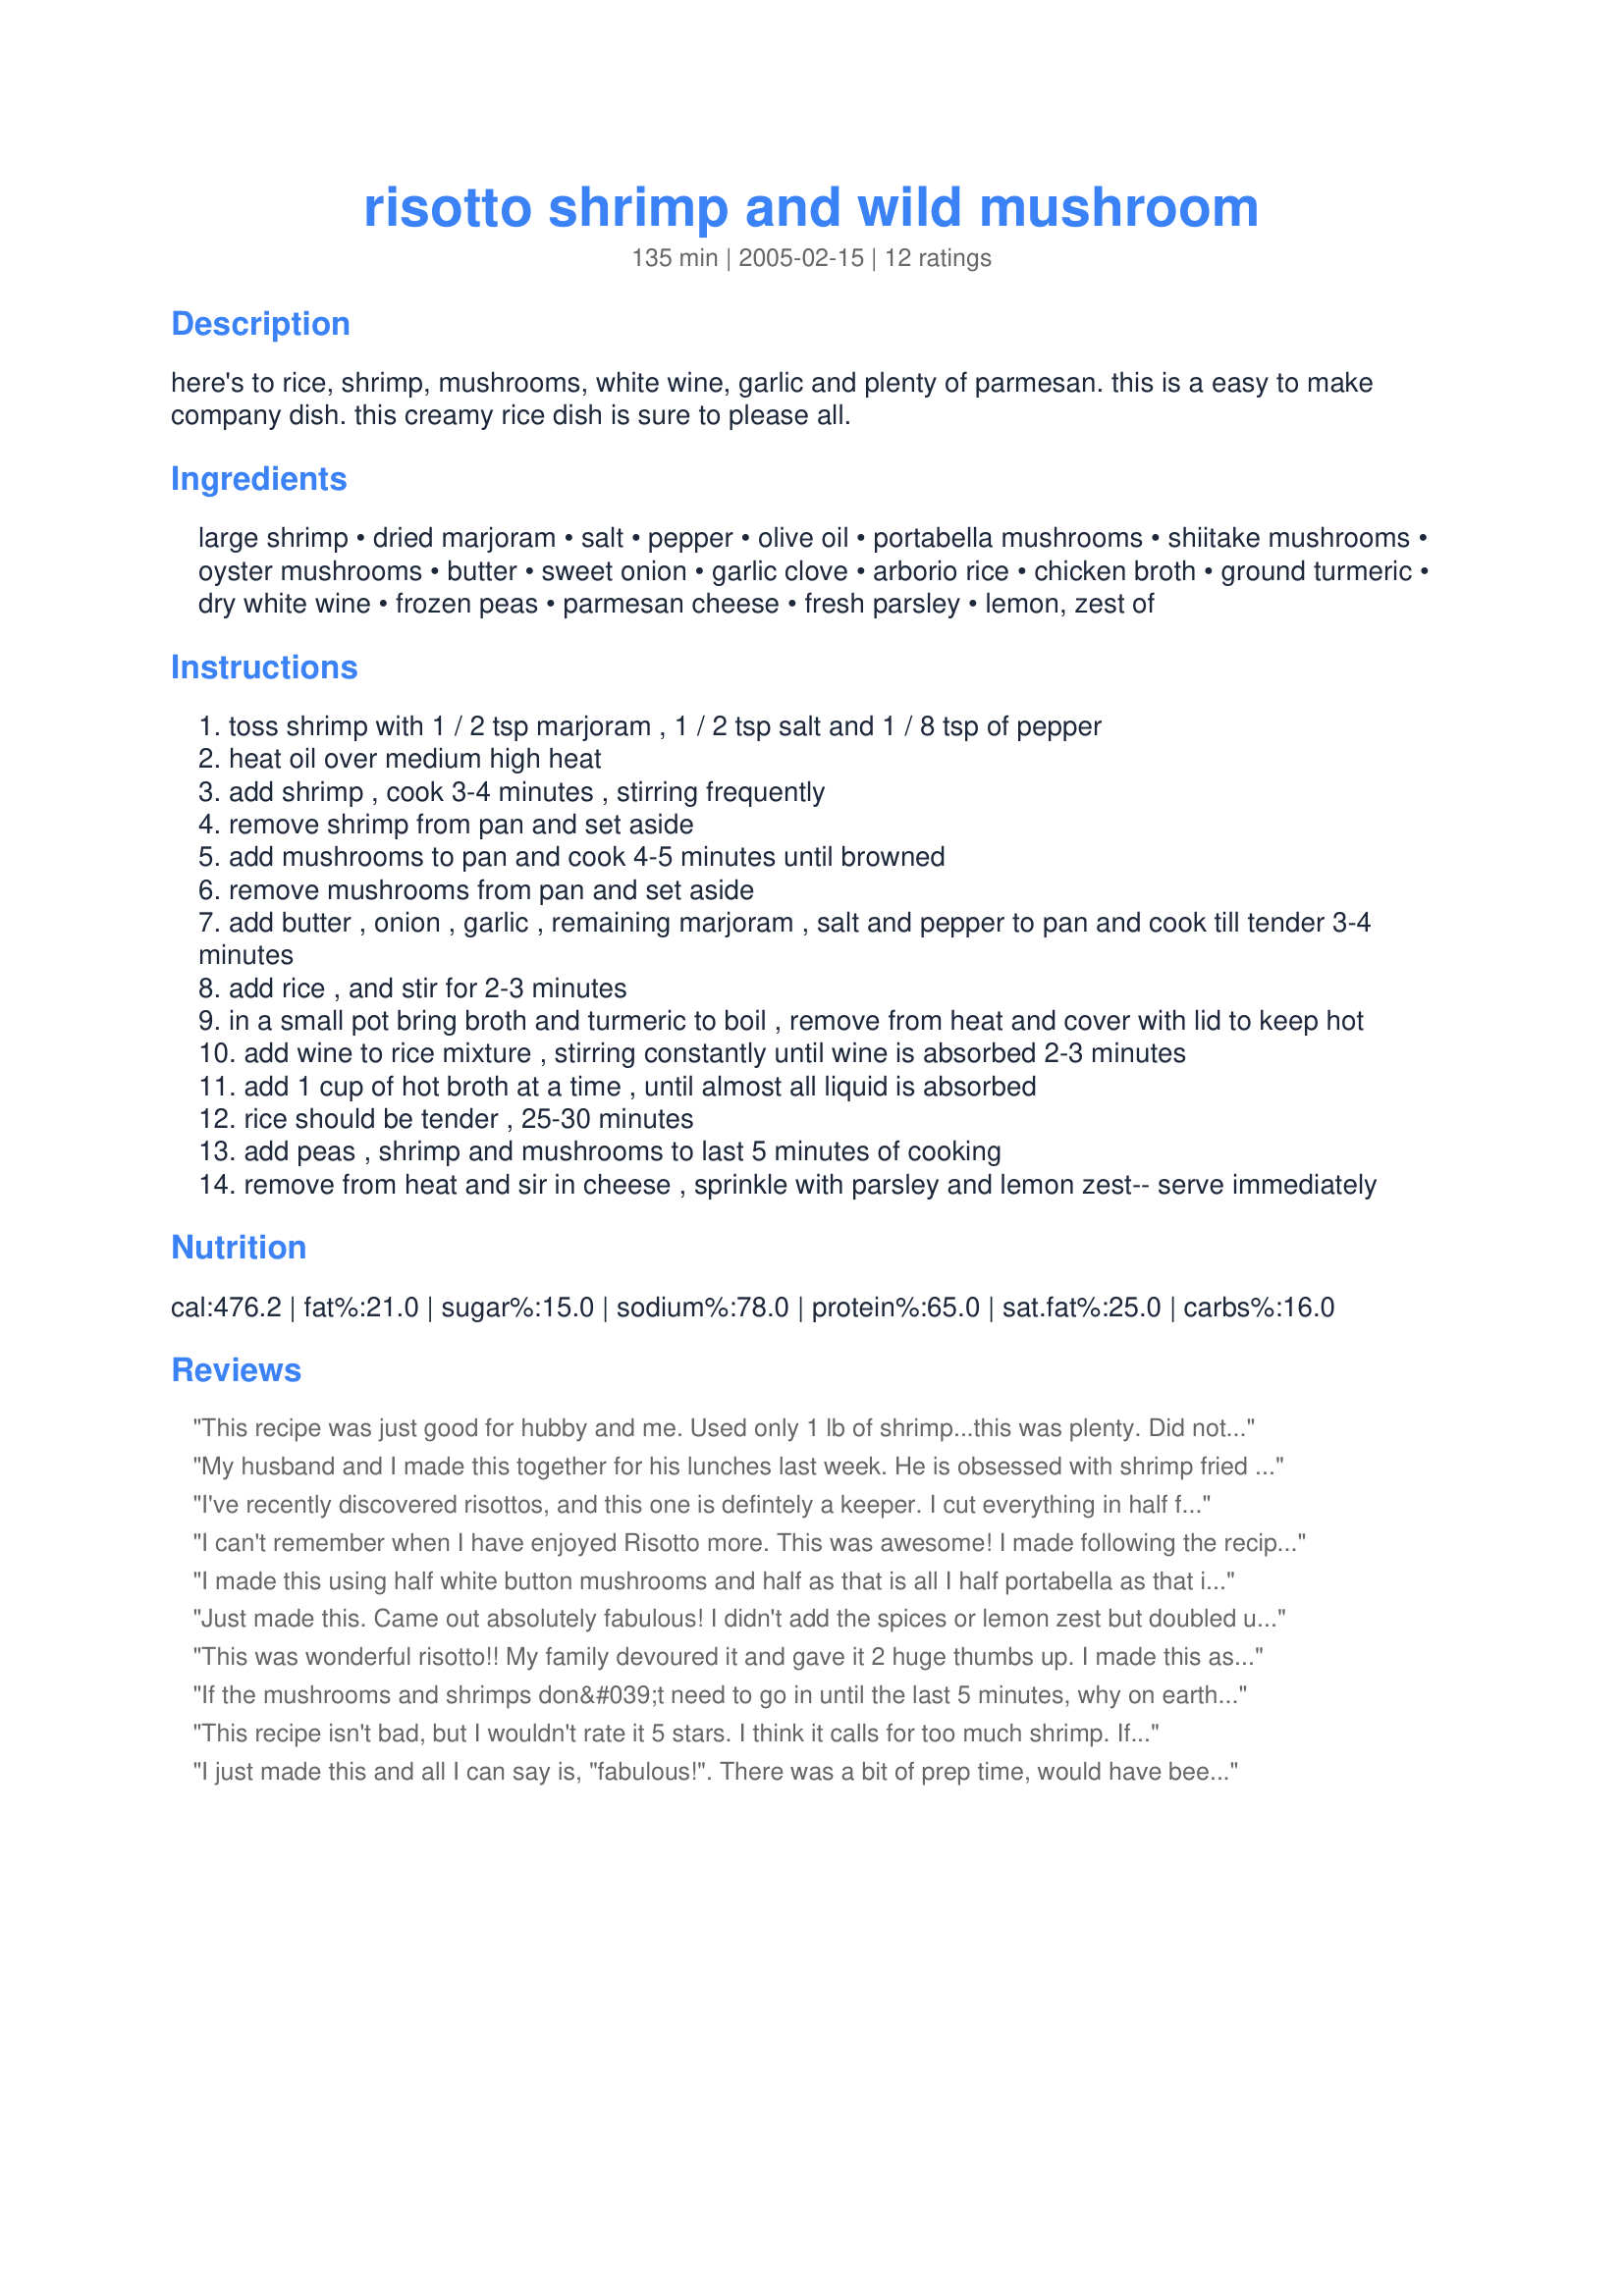
risotto shrimp and wild mushroom
Preparation time: 135 minutes

here's to rice, shrimp, mushrooms, white wine, garlic and plenty of parmesan. this is a easy to make company dish. this creamy rice dish is sure to please all.

Ingredients:
large shrimp, dried marjoram, salt, pepper, olive oil, portabella mushrooms, shiitake mushrooms, oyster mushrooms, butter, sweet onion, garlic clove, arborio rice, chicken broth, ground turmeric, dry white wine, frozen peas, parmesan cheese, fresh parsley, lemon, zest of

Steps:
toss shrimp with 1 / 2 tsp marjoram , 1 / 2 tsp salt and 1 / 8 tsp of pepper
heat oil over medium high heat
add shrimp , cook 3-4 minutes , stirring frequently
remove shrimp from pan and set aside
add mushrooms to pan and cook 4-5 minutes until browned
remove mushrooms from pan and set aside
add butter , onion , garlic , remaining marjoram , salt and pepper to pan and cook till tender 3-4 minutes
add rice , and stir for 2-3 minutes
in a small pot bring broth and turmeric to boil , remove from heat and cover with lid to keep hot
add wine to rice mixture , stirring constantly until wine is absorbed 2-3 minutes
add 1 cup of hot broth at a time , until almost all liquid is absorbed
rice should be tender , 25-30 minutes
add peas , shrimp and mushrooms to last 5 minutes of cooking
remove from heat and sir in cheese , sprinkle with parsley and lemon zest-- serve immediately

Reviews:
This recipe was just good for hubby and me. Used only 1 lb of shrimp...this was plenty. Did not have Marjoram on hand; substituted basil. Had to more than double the amount of chicken broth called for...recipe on back of arborio rice bag called for 4-5 cups of liquid and was more accurate. Came out a tad too salty for our tastes (possibly because of extra chicken broth).
My husband and I made this together for his lunches last week. He is obsessed with shrimp fried rice, but I wanted him to get out of his box a little...so we chose risotto. He loved it! It was nice to make, the directions are very good. I found that I had to add a bit more liquid, almost 6 extra ounces. I may not have measured the rice as accurately. Great recipe!
I've recently discovered risottos, and this one is defintely a keeper. I cut everything in half for the most part, but only had 1/2 lb of shrimp. There was plenty of shrimp for me for dinner, but my leftovers will be a little skimpy on the shrimp. I used a combination of shiitake mushrooms and baby portabellos, and regular onion. I also didn't want to open a bottle of wine for 1/4 cup, so I used more chicken broth. I didn't see the butter listed anywhere in the instructions, and not knowing where to add it, I just left it out. My rice wasn't quite as creamy as it should have been, but that was my fault. I should have lowered the temp and let it cook a little longer. Still, it is a wonderful dish that is fancy enough for company.
I can't remember when I have enjoyed Risotto more. This was awesome! I made following the recipe exactly and the result was a fantastic blend of flavors that blended very well together, and one that we enjoyed very much. Thank you for sharing your recipe with us Baby Kato! Made for Gimme 5 Recipe Tag Game 1/08
I made this using half white button mushrooms and half as that is all I half portabella as that is all I had at the time, increased the garlic and reduced the shrimp to 1 pound, also did a few other minor amount adjustments, this is one of the better risotto recipes, thanks for sharing BK!...Kitten
Just made this. Came out absolutely fabulous! I didn't add the spices or lemon zest but doubled up on the parmesan.
This was wonderful risotto!! My family devoured it and gave it 2 huge thumbs up. I made this as written and it turned out creamy, cheesy and oh so delicious. I had to add a little extra olive oil to brown the mushrooms in, but all cooking times were right on. I would be proud to serve this dish to company. Thank you BK, for sharing this wonderful recipe...it is definitely a keeper!!
*Made for AUS/NZ swap*
If the mushrooms and shrimps don&#039;t need to go in until the last 5 minutes, why on earth ask us to fry them at the beginning?!
This recipe isn't bad, but I wouldn't rate it 5 stars. I think it calls for too much shrimp. If I make it again, I will only use one pound. The seasonings were good. Maybe next time, I will add more parmesean cheese.
I just made this and all I can say is, "fabulous!". There was a bit of prep time, would have been less if I figured out the problem with my food processor sooner :) I added scallops, left out the turmeric (my husband doesn't care for it) and also added garlic salt. Simply delicious, beautiful presentation and impressive to serve.
This is so so good! I absolutely love it. Add to the fact that it tastes wonderful the low fat content and it really becomes a luxury dream meal. I didn't have the mixed wild mushies but my criminis worked just fine. This is a keeper, no doubt about that and I can't believe that it hasn't been reviewed before. The recipe worked very well and I don't think I would change anything.
I had to make a few slight changes to accomidate what I had on hand, but it turned out fantastic so I want to note what I did differently. I used shiitake, portabella and white mushrooms (next time I would double them) and only 1 lb of shrimp. For the wine I used up an opened bottle of Muscato. I added extra garlic, which is normal for any recipe because our family loves it. I also had to use dried parsley instead of fresh. The only change I would make next time is to add more mushrooms and make my onion dice smaller.
